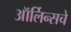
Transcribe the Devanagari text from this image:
ऑर्लिन्सचे